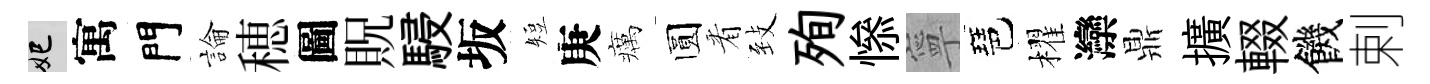
妃寓門論穂圖貺駸坂短庚癘圆㸔𦤺殉𢡖寧琶櫂灤鼎擴輟饑剌